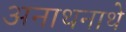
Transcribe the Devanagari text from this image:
अनाथनाथे